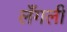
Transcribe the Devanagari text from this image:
लँगली